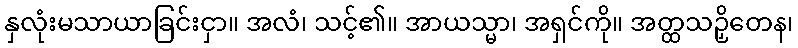
နှလုံးမသာယာခြင်းငှာ။ အလံ၊ သင့်၏။ အာယသ္မာ၊ အရှင်ကို။ အတ္ထသဉှိတေန၊